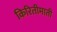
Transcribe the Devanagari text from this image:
किरितीमाती